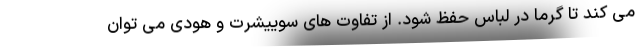
می کند تا گرما در لباس حفظ شود. از تفاوت های سوییشرت و هودی می توان